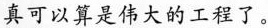
真可以算是伟大的工程了。